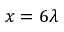
x = 6 \lambda